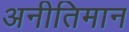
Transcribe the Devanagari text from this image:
अनीतिमान